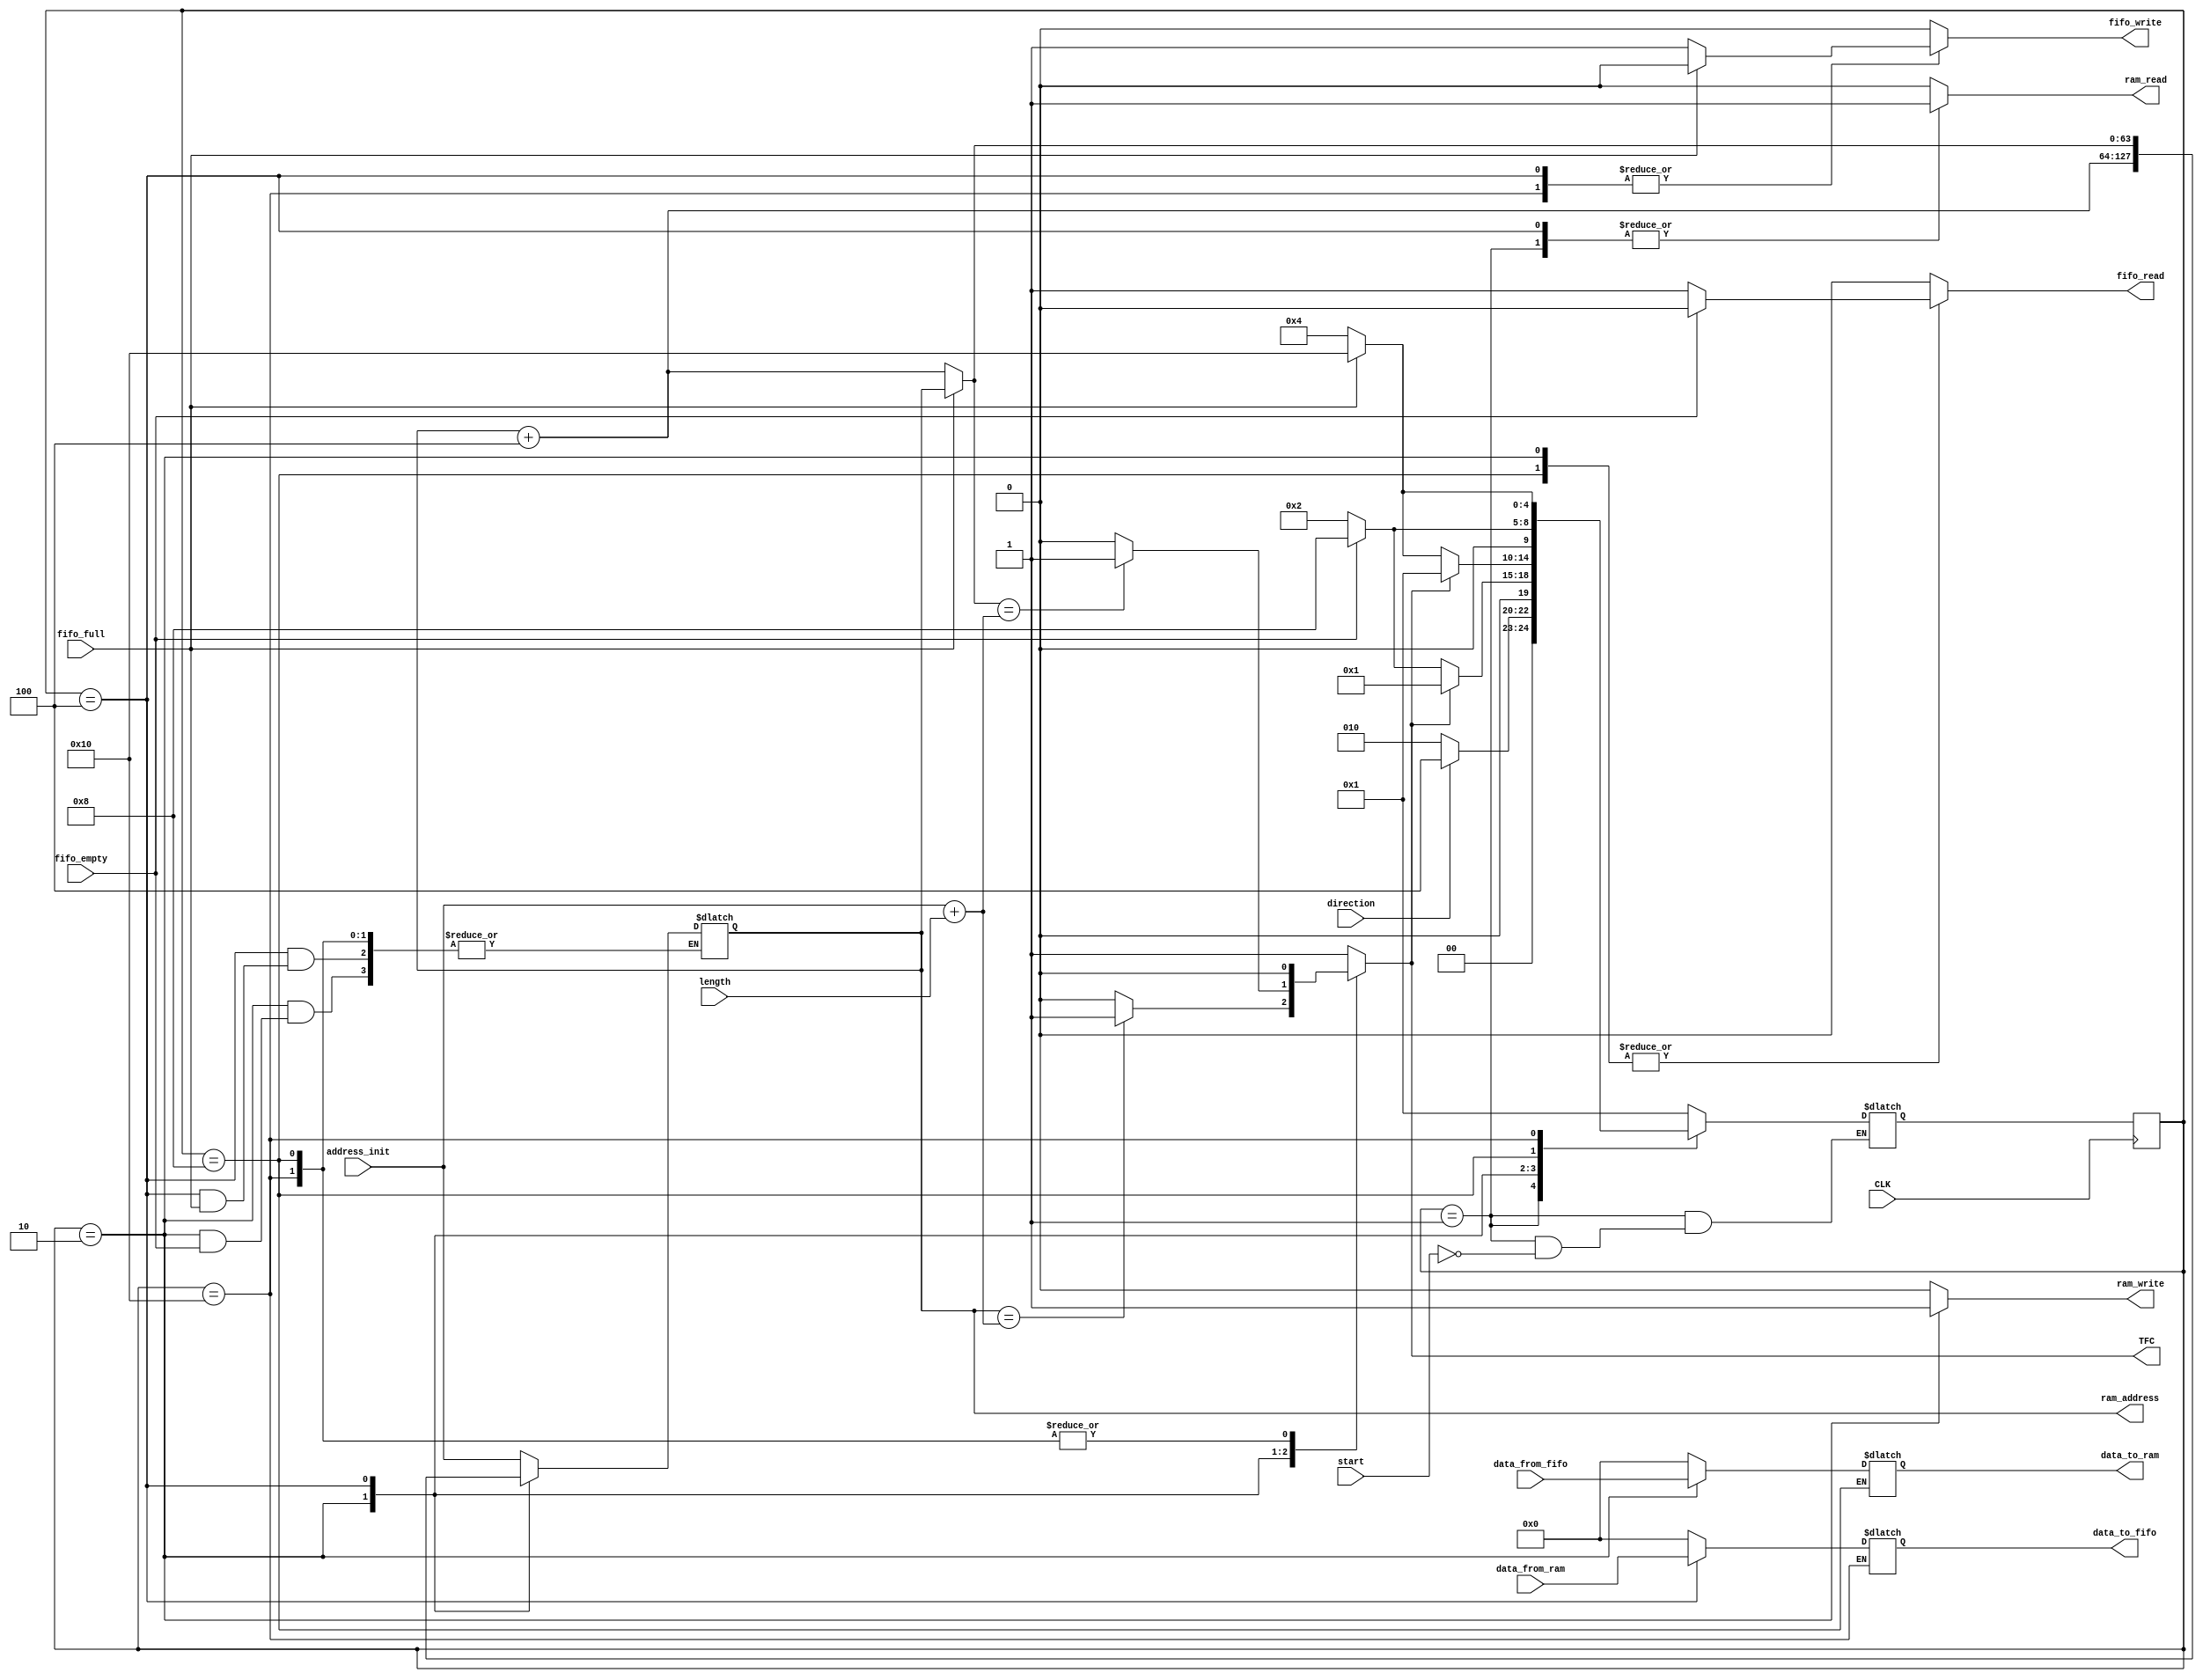
module transfer(input start,
		input 	      direction,
		output 	      TFC,
		input [63:0]  address_init,
		input [15:0]  length,
		output 	      ram_read,
		output 	      ram_write,
		output 	      fifo_read,
		output 	      fifo_write,
		input [31:0]  data_from_ram,
		output [31:0] data_to_ram,
		input [31:0]  data_from_fifo,
		output [31:0] data_to_fifo,
		output [63:0] ram_address,
		input 	      fifo_empty,
		input 	      fifo_full,
		input 	      CLK
		);
   wire 		      CLK; //just to make this module aware of clk
   reg 			      not_half_clk;
   reg 			      half_clk;
   
   
   

   parameter IDLE=      5'b00001;
   parameter FIFO_RAM=  5'b00010;
   parameter RAM_FIFO=  5'b00100;
   parameter WAIT_READ= 5'b01000;
   parameter WAIT_WRITE=5'b10000;
   

   reg 		       TFC;
   reg 		       ram_read;
   reg 		       ram_write;
   reg 		       fifo_read;
   reg 		       fifo_write;
   reg 		       data_to_ram;
   reg 		       data_to_fifo;
   reg [63:0] 	       ram_address;


   reg [4:0] 	       state;
   reg [4:0] 	       next_state;


   ///internal variables for sum
   wire [63:0] 	       length_64;
   wire [63:0] 	       sum_result;
   
   assign length_64=length<<0;//<<2; //length in bits, not in bytes
   assign sum_result=address_init+length_64;
   

   //secuential part
   always @(posedge CLK) begin
      state=next_state;   
   end

   //next state logic

   always @(*) begin
      case (state)
	IDLE: begin
	   if (start==1) begin
	      if (direction==0)begin
		 next_state=FIFO_RAM;
	      end
	      else begin
		 next_state=RAM_FIFO;
	      end
	   end
	   else begin
	      next_state=next_state;
	   end // else: !if(start==1)   
	end // case: IDLE
	
	FIFO_RAM: begin
	   if (TFC==1) begin
	      next_state=IDLE;
	   end
	   else begin
	      if (fifo_empty==1) begin
		 next_state=WAIT_READ;
	      end
	      else begin
		 next_state=FIFO_RAM;
	      end
	   end // else: !if(TFC==1)
	end // case: FIFO_RAM
	
	RAM_FIFO: begin
	   if (TFC==1) begin
	      next_state=IDLE;
	   end
	   else begin
	      if (fifo_full==1) begin
		 next_state=WAIT_WRITE;
	      end
	      else begin
		 next_state=RAM_FIFO;
	      end
	   end // else: !if(TFC==1)
	end // case: RAM_FIFO
	
	WAIT_READ: begin
	   if (fifo_empty==1)begin
	      next_state=WAIT_READ;
	   end
	   else begin
	      next_state=FIFO_RAM;
	   end
	end
	
	WAIT_WRITE: begin
	   if (fifo_full==1) begin
	      next_state=WAIT_WRITE;
	   end
	   else begin
	      next_state=RAM_FIFO;
	   end
	end
	
	default: begin
	   next_state=IDLE;
	end
      endcase // case (state)
   end // always @ (*)
   
   //logic for outputs

   always @(*) begin
      not_half_clk=!half_clk; //just to include CLK as update signal here
      
      case (state)
	IDLE: begin
	   ram_read=1;
	   ram_write=0;
	   fifo_read=0;
	   fifo_write=0;
	   data_to_ram=0;
	   data_to_fifo=0;
	   ram_address=address_init;
	   TFC=1; //TODO: check if this is necesary 
	end
	FIFO_RAM: begin
	   ram_read=0;
	   ram_write=1;
	   fifo_read=1;
	   fifo_write=0;
	   data_to_fifo=0;
	   data_to_ram=data_from_fifo;
	   if (ram_address==sum_result) begin
	      //transfer is complete
	      TFC=1;
	   end
	   else begin
	      TFC=0;
	   end
	   if (fifo_empty==1) begin
	      ram_address=ram_address;
	      fifo_read=0;
	   end
	   else begin
	      fifo_read=1;
	      ram_address=ram_address+4; 
	   end
	
	end // case: FIFO_RAM
	
	RAM_FIFO: begin
	   ram_read=1;
	   ram_write=0;
	   fifo_read=0;
	   fifo_write=1;
	   data_to_fifo=data_from_ram;
	   data_to_ram=0;
	   if (fifo_full==1)begin
	      ram_address=ram_address;
	      fifo_write=0;
	   end
	   else begin
	      fifo_write=1;
	      ram_address=ram_address+4; 
	   end
	   
	   if (ram_address==sum_result) begin
	      //transfer is complete
	      TFC=1;
	   end
	   else begin
	      TFC=0;
	   end
	end // case: RAM_FIFO
	
	WAIT_READ: begin
	   ram_read=0;
	   ram_write=0;
	   fifo_read=0;
	   fifo_write=0;
	   data_to_fifo=0;
	   data_to_ram=data_to_ram;
	   ram_address=ram_address;
	   TFC=0;
	   if (fifo_empty==0) begin
	      fifo_read=1;
	   end
	   
	   
	   
       	end
	
	WAIT_WRITE: begin
	   ram_read=0;
	   ram_write=0;
	   fifo_read=0;
	   fifo_write=0;
	   data_to_fifo=data_to_fifo;
	   data_to_ram=0;
	   ram_address=ram_address;
	   TFC=0;
	   if (fifo_full==0) begin
	      fifo_write=1;   
	   end
	   
	   
	   
	end
	
	default: begin
	   ram_read=0;
	   ram_write=0;
	   fifo_read=0;
	   fifo_write=0;
	   data_to_ram=0;
	   data_to_fifo=0;
	   ram_address=address_init;
	   TFC=1;
	end
      endcase // case (state)
   end // always @ (*)

   always @(posedge CLK)begin
      if (state==IDLE)begin
	 half_clk=start;
      end
      else begin
	 half_clk=half_clk + 1;
      end
   end
      
endmodule